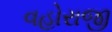
વહોરાજી